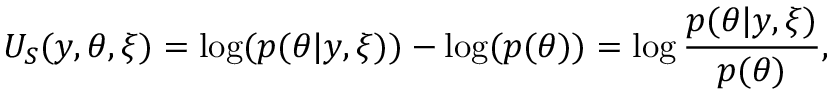
U _ { S } ( y , \theta , \xi ) = \log ( p ( \theta | y , \xi ) ) - \log ( p ( \theta ) ) = \log \frac { p ( \theta | y , \xi ) } { p ( \theta ) } ,